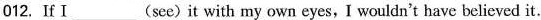
012. If I ___ (see)it with my own eyes, I wouldn't have believed it.